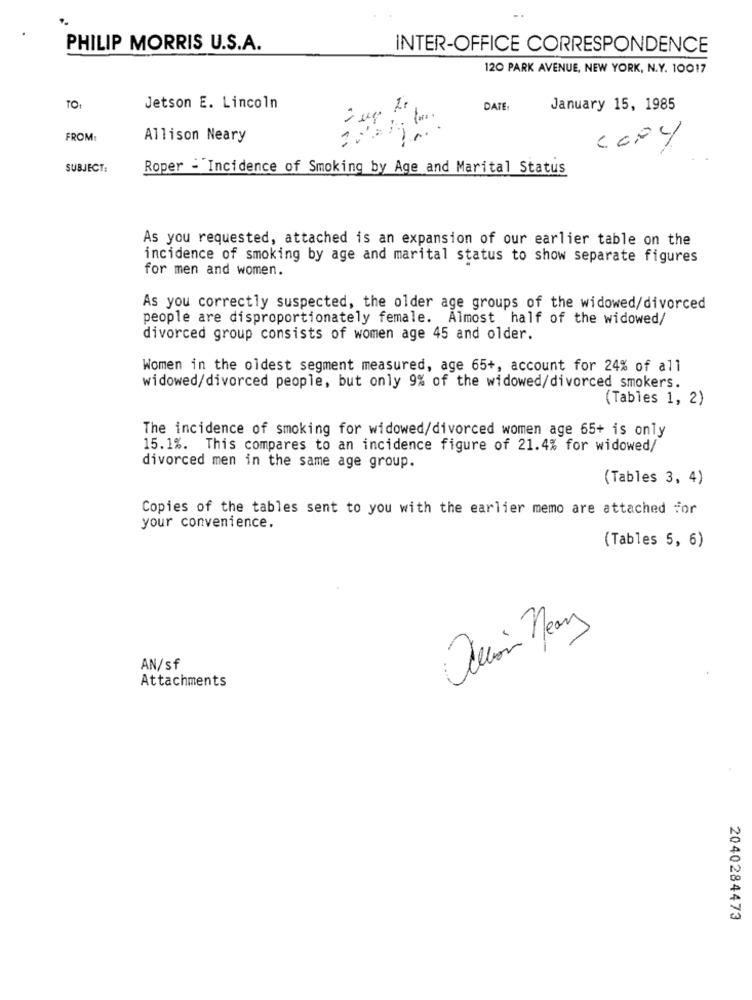
PHILIP MORRIS U.S.A.
INTER-OFFICE CORRESPONDENCE
120 PARK AVENUE, NEW YORK, N.Y. 10017
TO
Jetson E. Lincoln
DATE:
January 15, 1985
FROM:
Allison Neary
SUBJECT:
Roper - Incidence of Smoking by Age and Marital Status
As you requested, attached is an expansion of our earlier table on the
incidence of smoking by age and marital status to show separate figures
for men and women.
As you correctly suspected, the older age groups of the widowed/divorced
people are disproportionately female. Almost half of the widowed/
divorced group consists of women age 45 and older.
Women in the oldest segment measured, age 65+, account for 24% of all
widowed/divorced people, but only 9% of the widowed/divorced smokers.
(Tables 1, 2)
The incidence of smoking for widowed/divorced women age 65+ is only
15.1%. This compares to an incidence figure of 21.4% for widowed/
divorced men in the same age group.
(Tables 3, 4)
Copies of the tables sent to you with the earlier memo are attached for
your convenience.
(Tables 5, 6)
AN/sf
Attachments
2040284473